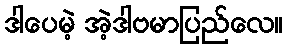
ဒါပေမဲ့ အဲ့ဒါဗမာပြည်လေ။